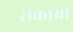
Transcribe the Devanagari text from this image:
संकाय।